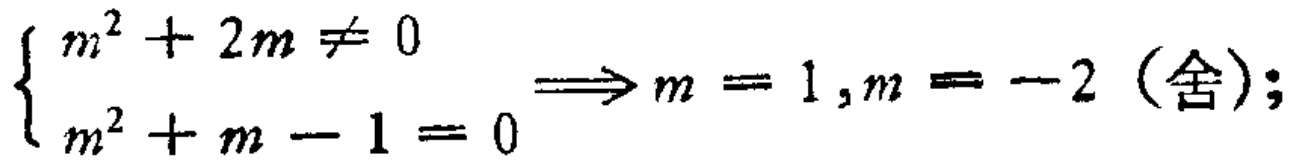
$\left\{\begin{array}{l}

m^{2}+2 m \neq 0 \\

m^{2}+m - 1 = 0

\end{array}\Longrightarrow m = 1,m = - 2\right. (\text{舍});$